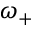
\omega _ { + }